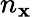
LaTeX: n_{\mathbf{x}}